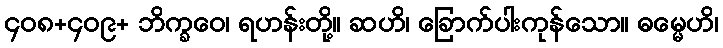
၄၀၈+၄၀၉+ ဘိက္ခဝေ၊ ရဟန်းတို့။ ဆဟိ၊ ခြောက်ပါးကုန်သော။ ဓမ္မေဟိ၊